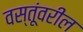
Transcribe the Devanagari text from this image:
वस्तूंवरील